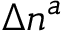
\Delta n ^ { a }